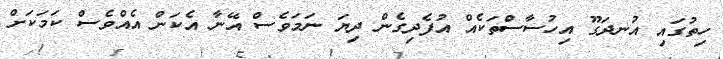
ހިތުގައި އުނދަގޫ އިހުސާސްތަކެއް އުފެދިގެން ދިޔަ ނަމަވެސް އޭނާ އެކަން އެއްވެސް ކަމަކަށް